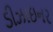
ડીઝાઇનર